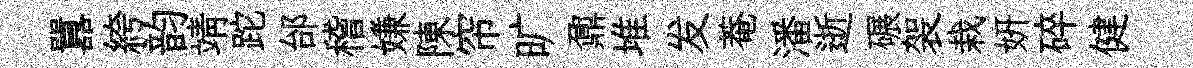
囂絝韵靖跎邰稽嫌陳帘旷鼐堆发菴潘逝碾袈栽妍碎健